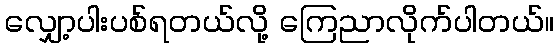
လျှော့ပါးပစ်ရတယ်လို့ ကြေညာလိုက်ပါတယ်။